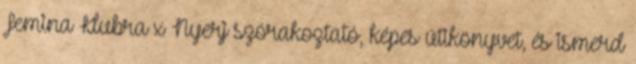
Femina Klubra x Nyerj szórakoztató, képes útikönyvet, és ismerd